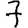
Digit: 7